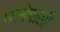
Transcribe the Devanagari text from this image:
धागेवाली